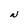
Character: N